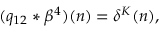
( q _ { 1 2 } * \beta ^ { 4 } ) ( n ) = \delta ^ { K } ( n ) ,